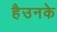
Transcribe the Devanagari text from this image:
हैउनके